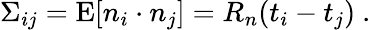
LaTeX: \Sigma_{ij}=\mathrm{E}[n_{i}\cdot n_{j}]=R_{n}(t_{i}-t_{j})\ .